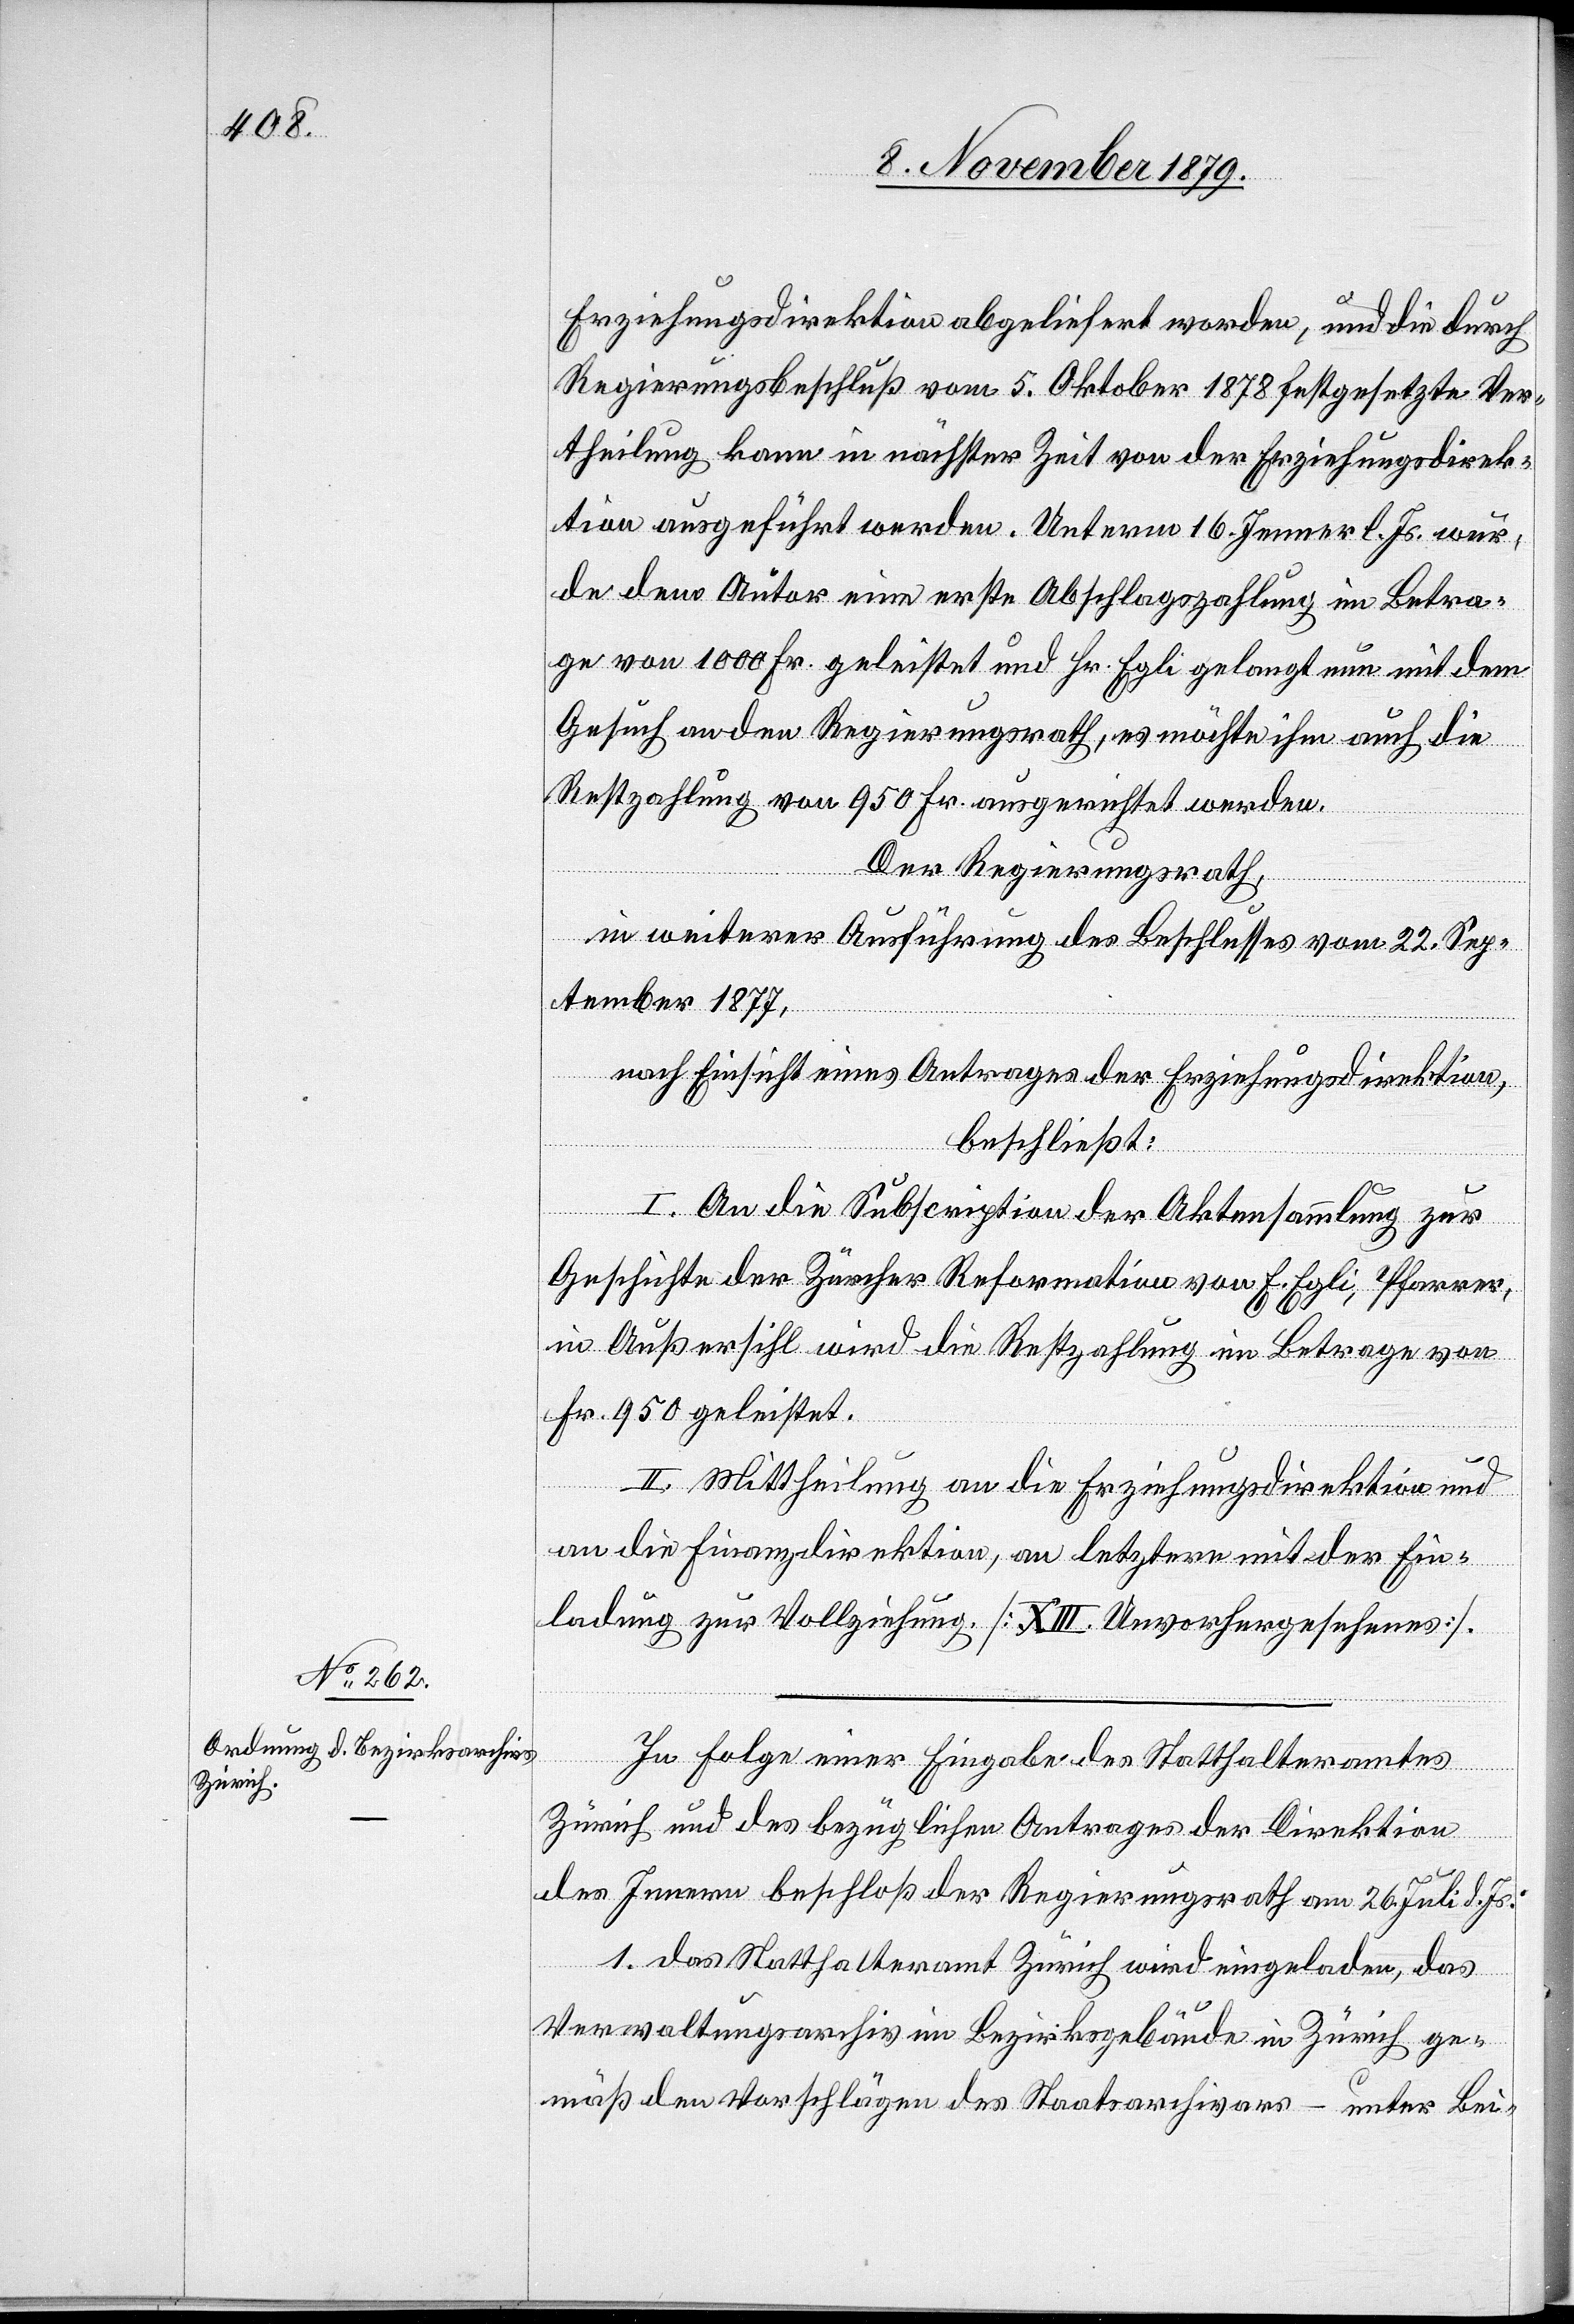
Erziehungsdirektion abgeliefert worden, und die durch
Regierungsbeschluß vom 5. Oktober 1878 festgesetzte Ver¬
theilung kann in nächster Zeit von der Erziehungsdirek¬
tion ausgeführt werden. Unterm 16. Jenner l. Js. wur¬
de dem Autor eine erste Abschlagszahlung im Betra¬
ge von 1000 Fr. geleistet und Hr. Egli gelangt nun mit dem
Gesuch an den Regierungsrat, es möchte ihm auch die
Restzahlung von 950 Fr. ausgerichtet werden.
Der Regierungsrath,
in weiterer Ausführung des Beschlusses vom 22. Sep¬
tember 1877,
nach Einsicht eines Antrages der Erziehungsdirektion,
beschließt:
I. An die Subscription der Aktensammlung zur
Geschichte der Zürcher Reformation von E. Egli, Pfarrer,
in Außersihl wird die Restzahlung im Betrage von
Fr. 950 geleistet.
II. Mittheilung an die Erziehungsdirektion und
an die Finanzdirektion, an letztere mit der Ein¬
ladung zur Vollziehung [XIII. Unvorhergesehenes].
In Folge einer Eingabe des Statthalteramtes
Zürich und des bezüglichen Antrages der Direktion
des Innern beschloß der Regierungsrath am 26. Juli d. Js:
1. Das Statthalteramt Zürich wird eingeladen, das
Verwaltungsarchiv im Bezirksgebäude in Zürich ge¬
mäß den Vorschlägen des Staatsarchivars – unter Bei-